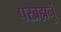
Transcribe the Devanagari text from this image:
परब्रह्मनुं